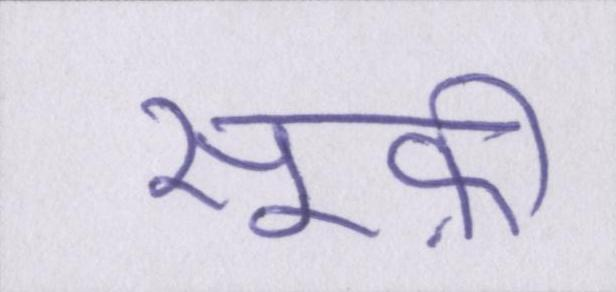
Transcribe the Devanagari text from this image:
सूफ़ी